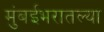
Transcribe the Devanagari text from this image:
मुंबईभरातल्या